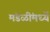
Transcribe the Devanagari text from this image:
मंडळींमध्यें